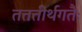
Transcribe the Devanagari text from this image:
तत्तत्तीर्थगतैः